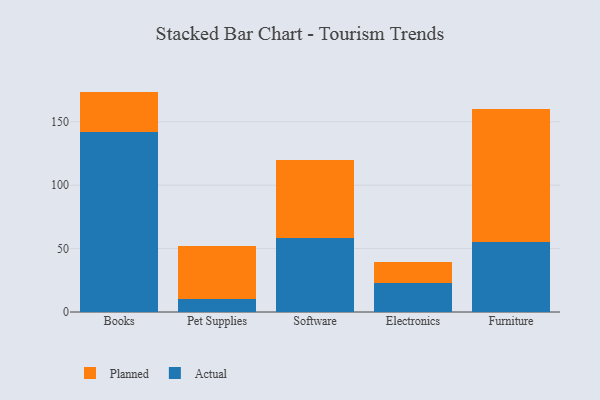
{"axis": {"x": "Category", "y": "Population (Million)"}, "legend": ["Actual", "Planned"], "data": [{"x": "Books", "y": 142.0, "type": "Actual"}, {"x": "Books", "y": 31.8, "type": "Planned"}, {"x": "Pet Supplies", "y": 10.2, "type": "Actual"}, {"x": "Pet Supplies", "y": 42.0, "type": "Planned"}, {"x": "Software", "y": 58.7, "type": "Actual"}, {"x": "Software", "y": 60.8, "type": "Planned"}, {"x": "Electronics", "y": 23.2, "type": "Actual"}, {"x": "Electronics", "y": 15.9, "type": "Planned"}, {"x": "Furniture", "y": 55.3, "type": "Actual"}, {"x": "Furniture", "y": 104.5, "type": "Planned"}]}